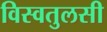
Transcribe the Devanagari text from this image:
विस्वतुलसी